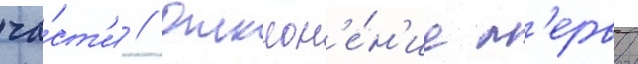
ча́ст'и // Отклон'е́н'ие п'ервои